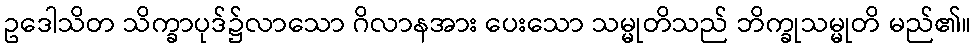
ဥဒေါသိတ သိက္ခာပုဒ်၌လာသော ဂိလာနအား ပေးသော သမ္မုတိသည် ဘိက္ခုသမ္မုတိ မည်၏။